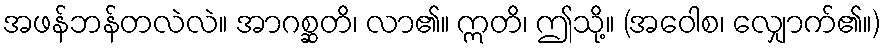
အဖန်ဘန်တလဲလဲ။ အာဂစ္ဆတိ၊ လာ၏။ ဣတိ၊ ဤသို့။ (အဝေါစ၊ လျှောက်၏။)